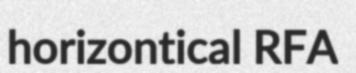
horizontical RFA